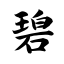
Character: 碧